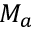
M _ { a }